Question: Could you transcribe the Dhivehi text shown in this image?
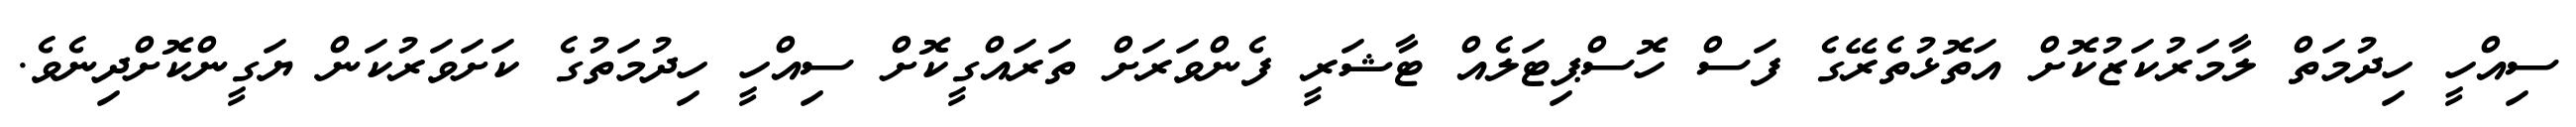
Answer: ސިއްހީ ހިދުމަތް ލާމަރުކަޒުކޮށް އަތޮޅުތެރޭގެ ފަސް ހޮސްޕިޓަލެއް ޓާޝަރީ ފެންވަރަށް ތަރައްގީކޮށް ސިއްހީ ހިދުމަތުގެ ކަށަވަރުކަން ޔަގީންކޮށްދިނެވެ.